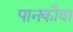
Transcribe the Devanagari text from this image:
पानकौवा